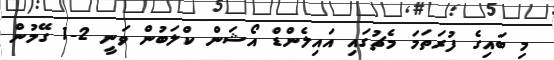
މި ބައިގެ ފުރަތަމަ މެޗުގައި އައިލެންޑް އޯޝަން ކްލަބުން ވަނީ 2-1 ގޭމުން